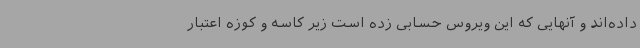
داده‌اند و آنهایی که این ویروس حسابی زده‌ است زیر کاسه و کوزه اعتبار